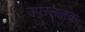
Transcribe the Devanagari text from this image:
उपस्नातक